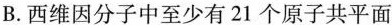
B.西维因分子中至少有21个原子共平面